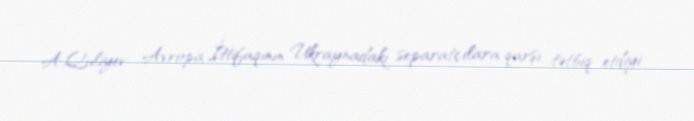
A.Quliyev Avropa İttifaqının Ukraynadakı separatçılara qarşı tətbiq etdiyi